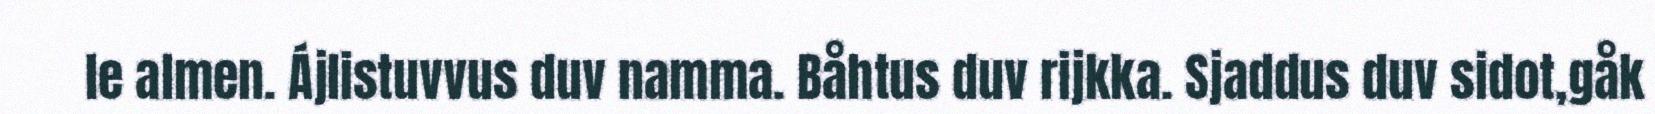
le almen. Ájlistuvvus duv namma. Båhtus duv rijkka. Sjaddus duv sidot,gåk